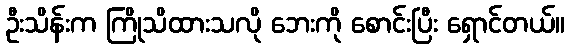
ဦးသိန်းက ကြိုသိထားသလို ဘေးကို စောင်းပြီး ရှောင်တယ်။